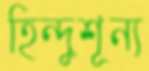
হিন্দুশূন্য